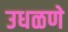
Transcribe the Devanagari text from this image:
उधळणे